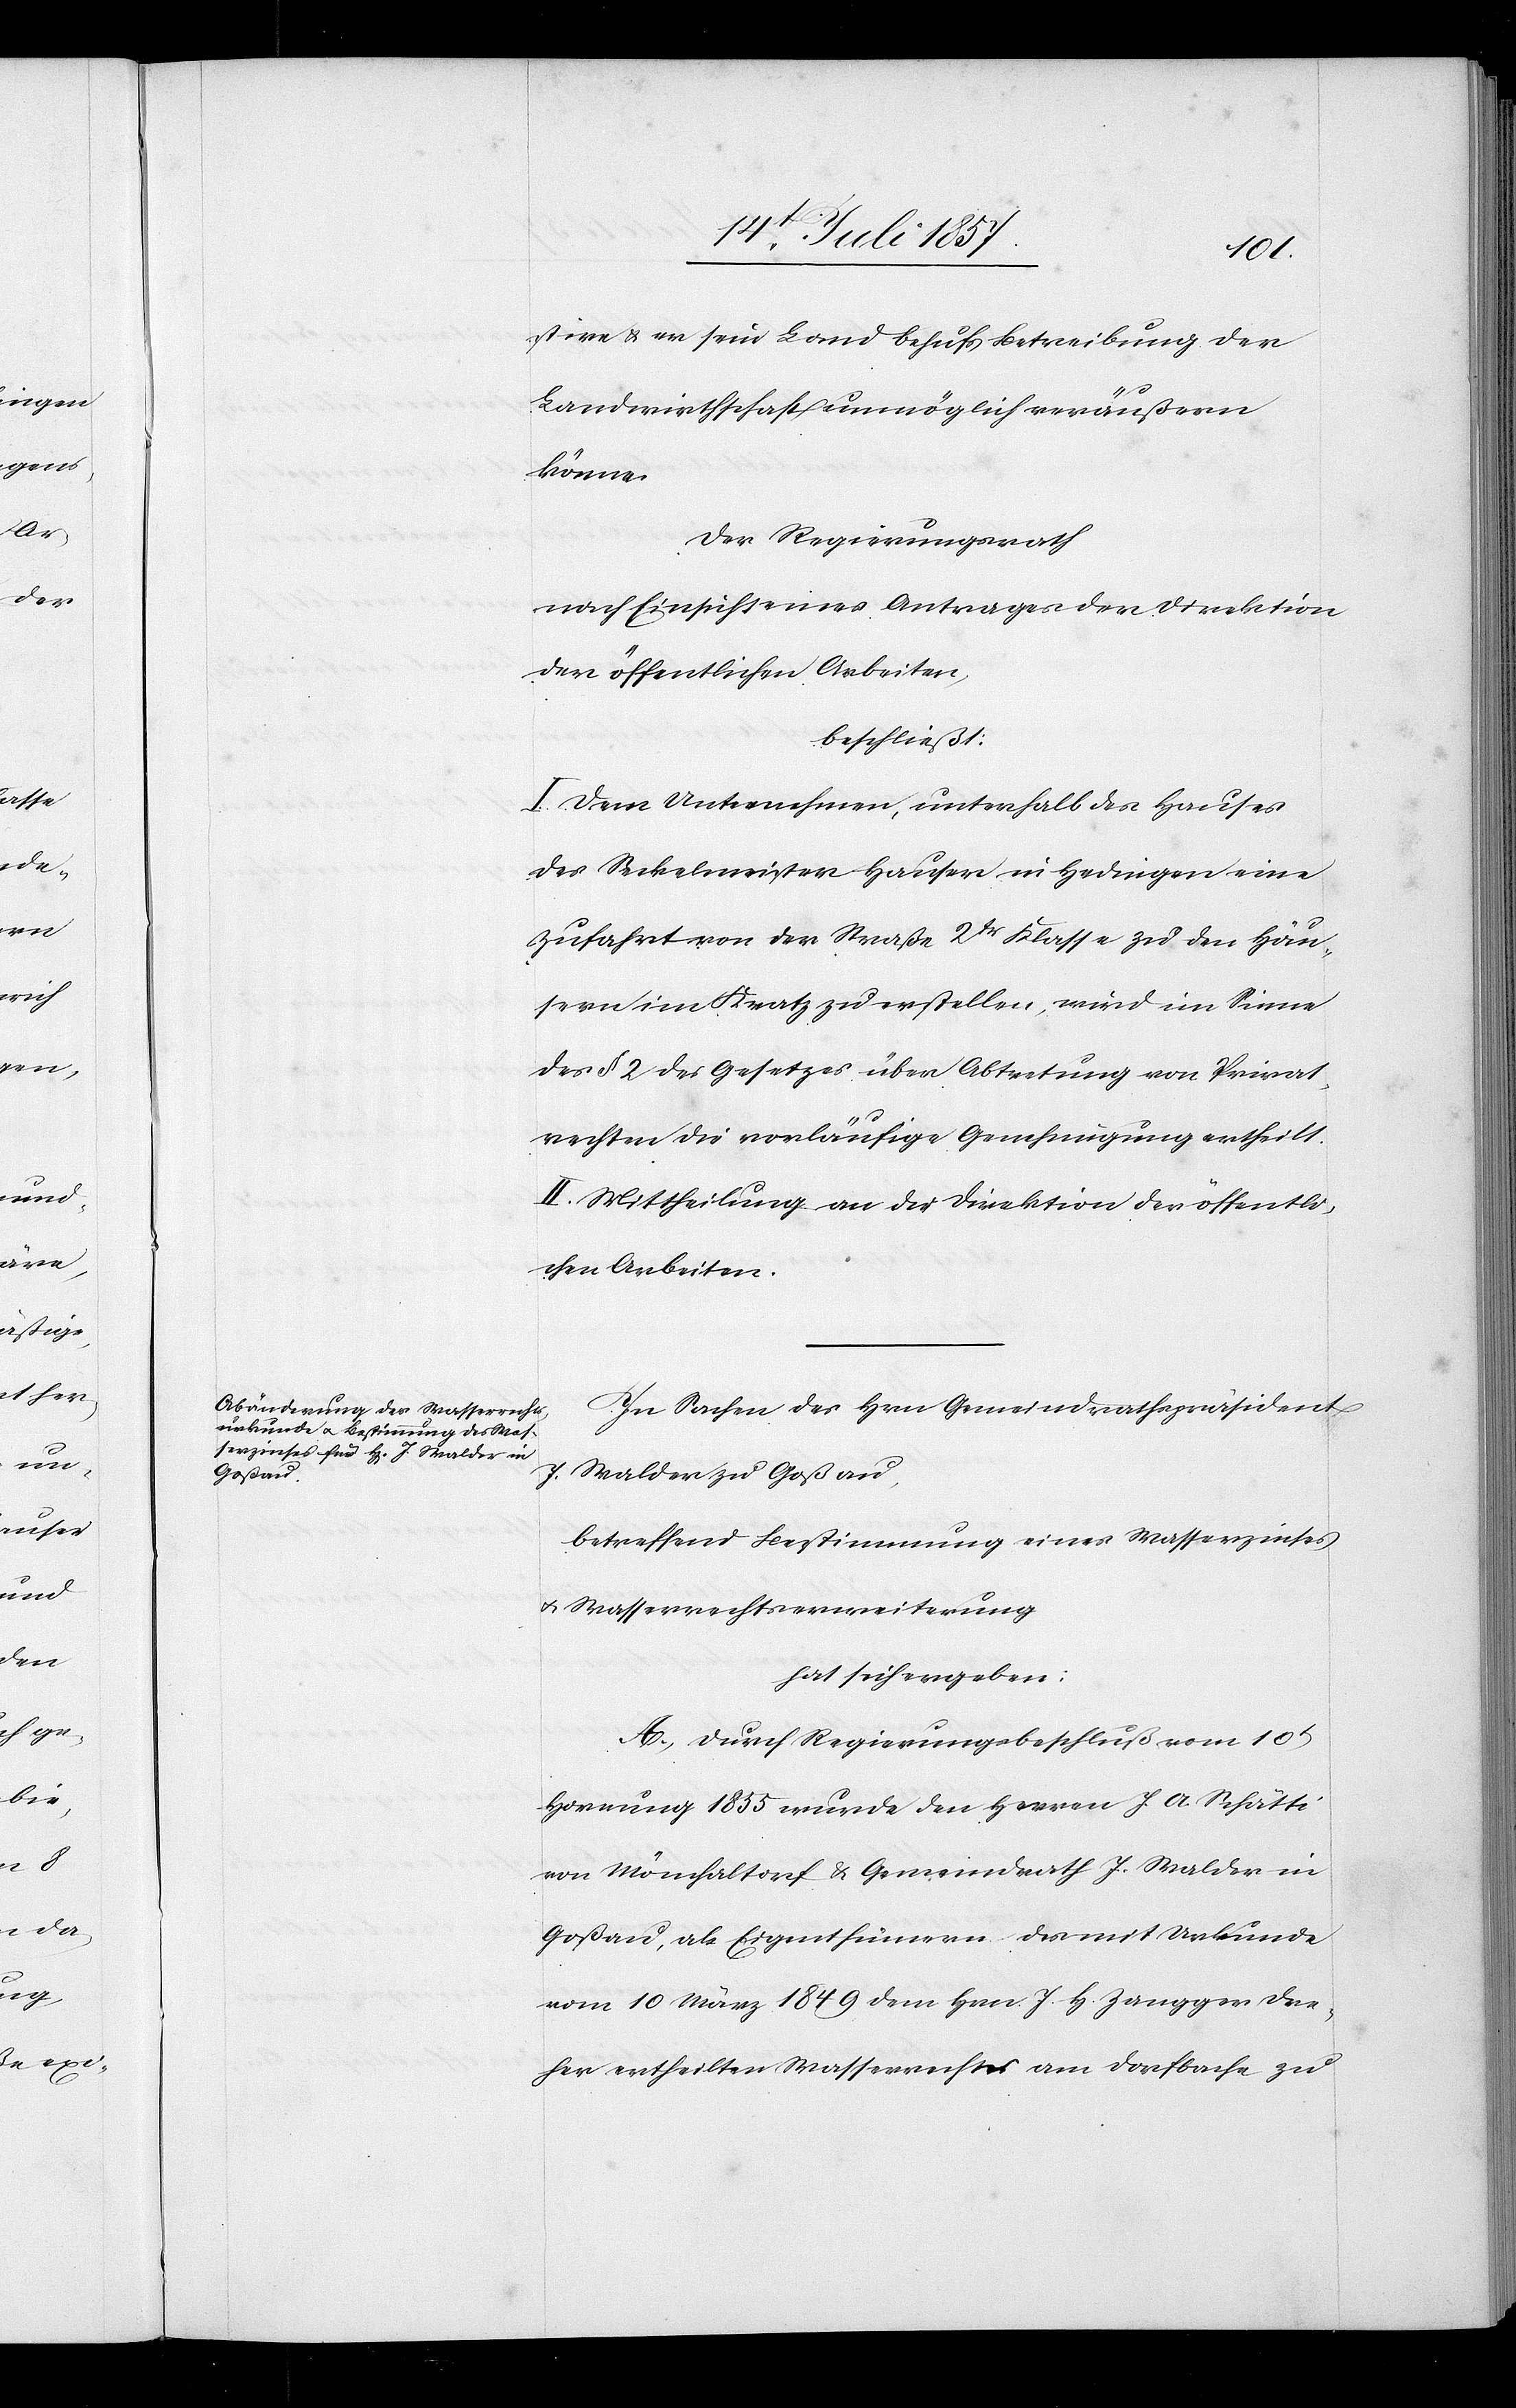
stire & er sein Land behufs Betreibung der
Landwirthschaft unmöglich veräußern
könne.
Der Regierungsrath
nach Einsicht eines Antrages der Direktion
der öffentlichen Arbeiten,
beschließt:
I. Dem Unternehmen, unterhalb des Hauses
des Seckelmeister Hauser in Hedingen eine
Zufahrt von der Straße 2tr Klasse zu den Häu¬
sern im Kratz zu erstellen, wird im Sinne
des § 2 des Gesetzes über Abtretung von Privat¬
rechten die vorläufige Genehmigung ertheilt.
II. Mittheilung an die Direktion der öffentli¬
chen Arbeiten.
In Sachen des Hrn Gemeindrathspräsident
J. Walder zu Goßau,
betreffend Bestimmung eines Wasserzinses
& Straßenrechtserweiterung
hat sich ergeben:
A. Durch Regierungsbeschluß vom 10t
Hornung 1855 wurde den Herrn J. A. Schätti
von Mönchaltorf & Gemeindrath J. Walder in
Goßau, als Eigenthümer des mit Urkunde
vom 10 März 1849 dem Hrn. J. H. Zangger Dre¬
her ertheilten Wasserrechtes am Dorfbache zu